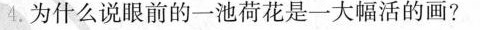
4.为什么说眼前的一池荷花是一大幅活的画?